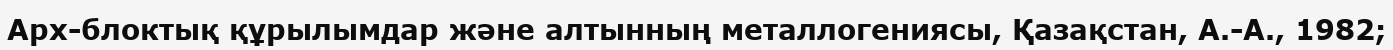
Арх-блоктық құрылымдар және алтынның металлогениясы, Қазақстан, А.-А., 1982;